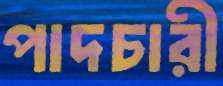
পাদচারী